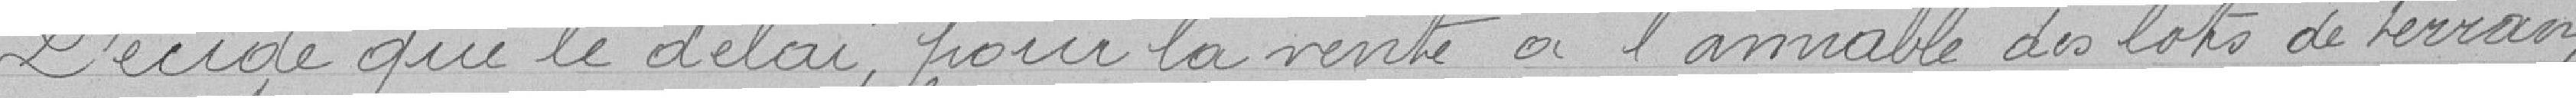
Décide que le délai pour la vente à l'amiable des lots de terrain